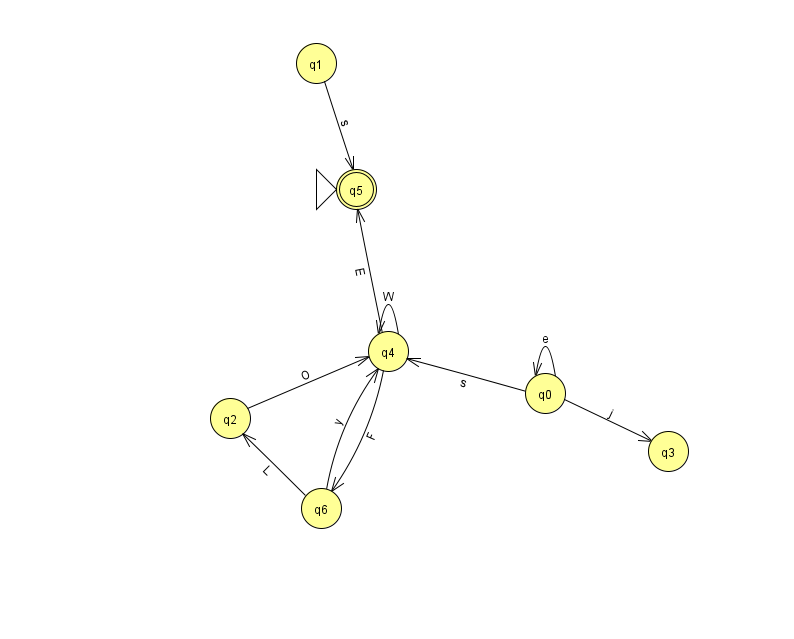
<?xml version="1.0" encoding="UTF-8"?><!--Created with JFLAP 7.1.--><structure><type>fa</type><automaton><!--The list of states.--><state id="0" name="q0"><x>545.0</x><y>380.0</y></state><state id="1" name="q1"><x>316.0</x><y>50.0</y></state><state id="2" name="q2"><x>230.0</x><y>405.0</y></state><state id="3" name="q3"><x>668.0</x><y>438.0</y></state><state id="4" name="q4"><x>388.0</x><y>338.0</y></state><state id="5" name="q5"><x>356.0</x><y>176.0</y><initial/><final/></state><state id="6" name="q6"><x>321.0</x><y>495.0</y></state><!--The list of transitions.--><transition><from>0</from><to>3</to><read>j</read></transition><transition><from>0</from><to>0</to><read>e</read></transition><transition><from>6</from><to>2</to><read>L</read></transition><transition><from>1</from><to>5</to><read>s</read></transition><transition><from>2</from><to>4</to><read>O</read></transition><transition><from>4</from><to>4</to><read>W</read></transition><transition><from>4</from><to>6</to><read>F</read></transition><transition><from>6</from><to>4</to><read>y</read></transition><transition><from>0</from><to>4</to><read>s</read></transition><transition><from>4</from><to>5</to><read>E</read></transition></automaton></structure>